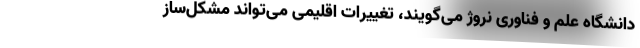
دانشگاه علم و فناوری نروژ می‌گویند،‌ تغییرات اقلیمی می‌تواند مشکل‌ساز